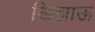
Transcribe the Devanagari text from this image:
खिझाऊ